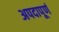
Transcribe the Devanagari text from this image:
अपदापूर्ण